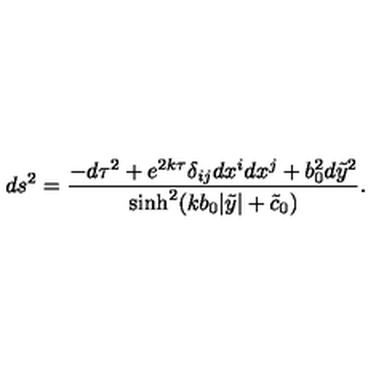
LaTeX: d s ^ { 2 } = \frac { - d \tau ^ { 2 } + e ^ { 2 k \tau } \delta _ { i j } d x ^ { i } d x ^ { j } + b _ { 0 } ^ { 2 } d { \tilde { y } } ^ { 2 } } { \sinh ^ { 2 } ( k b _ { 0 } | \tilde { y } | + \tilde { c } _ { 0 } ) } .